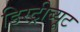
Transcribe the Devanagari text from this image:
डिस्ट्रीब्यूट